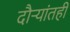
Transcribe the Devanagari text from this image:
दौऱ्यांतही